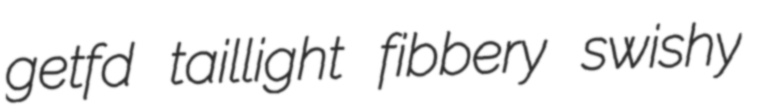
getfd taillight fibbery swishy